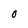
Character: O